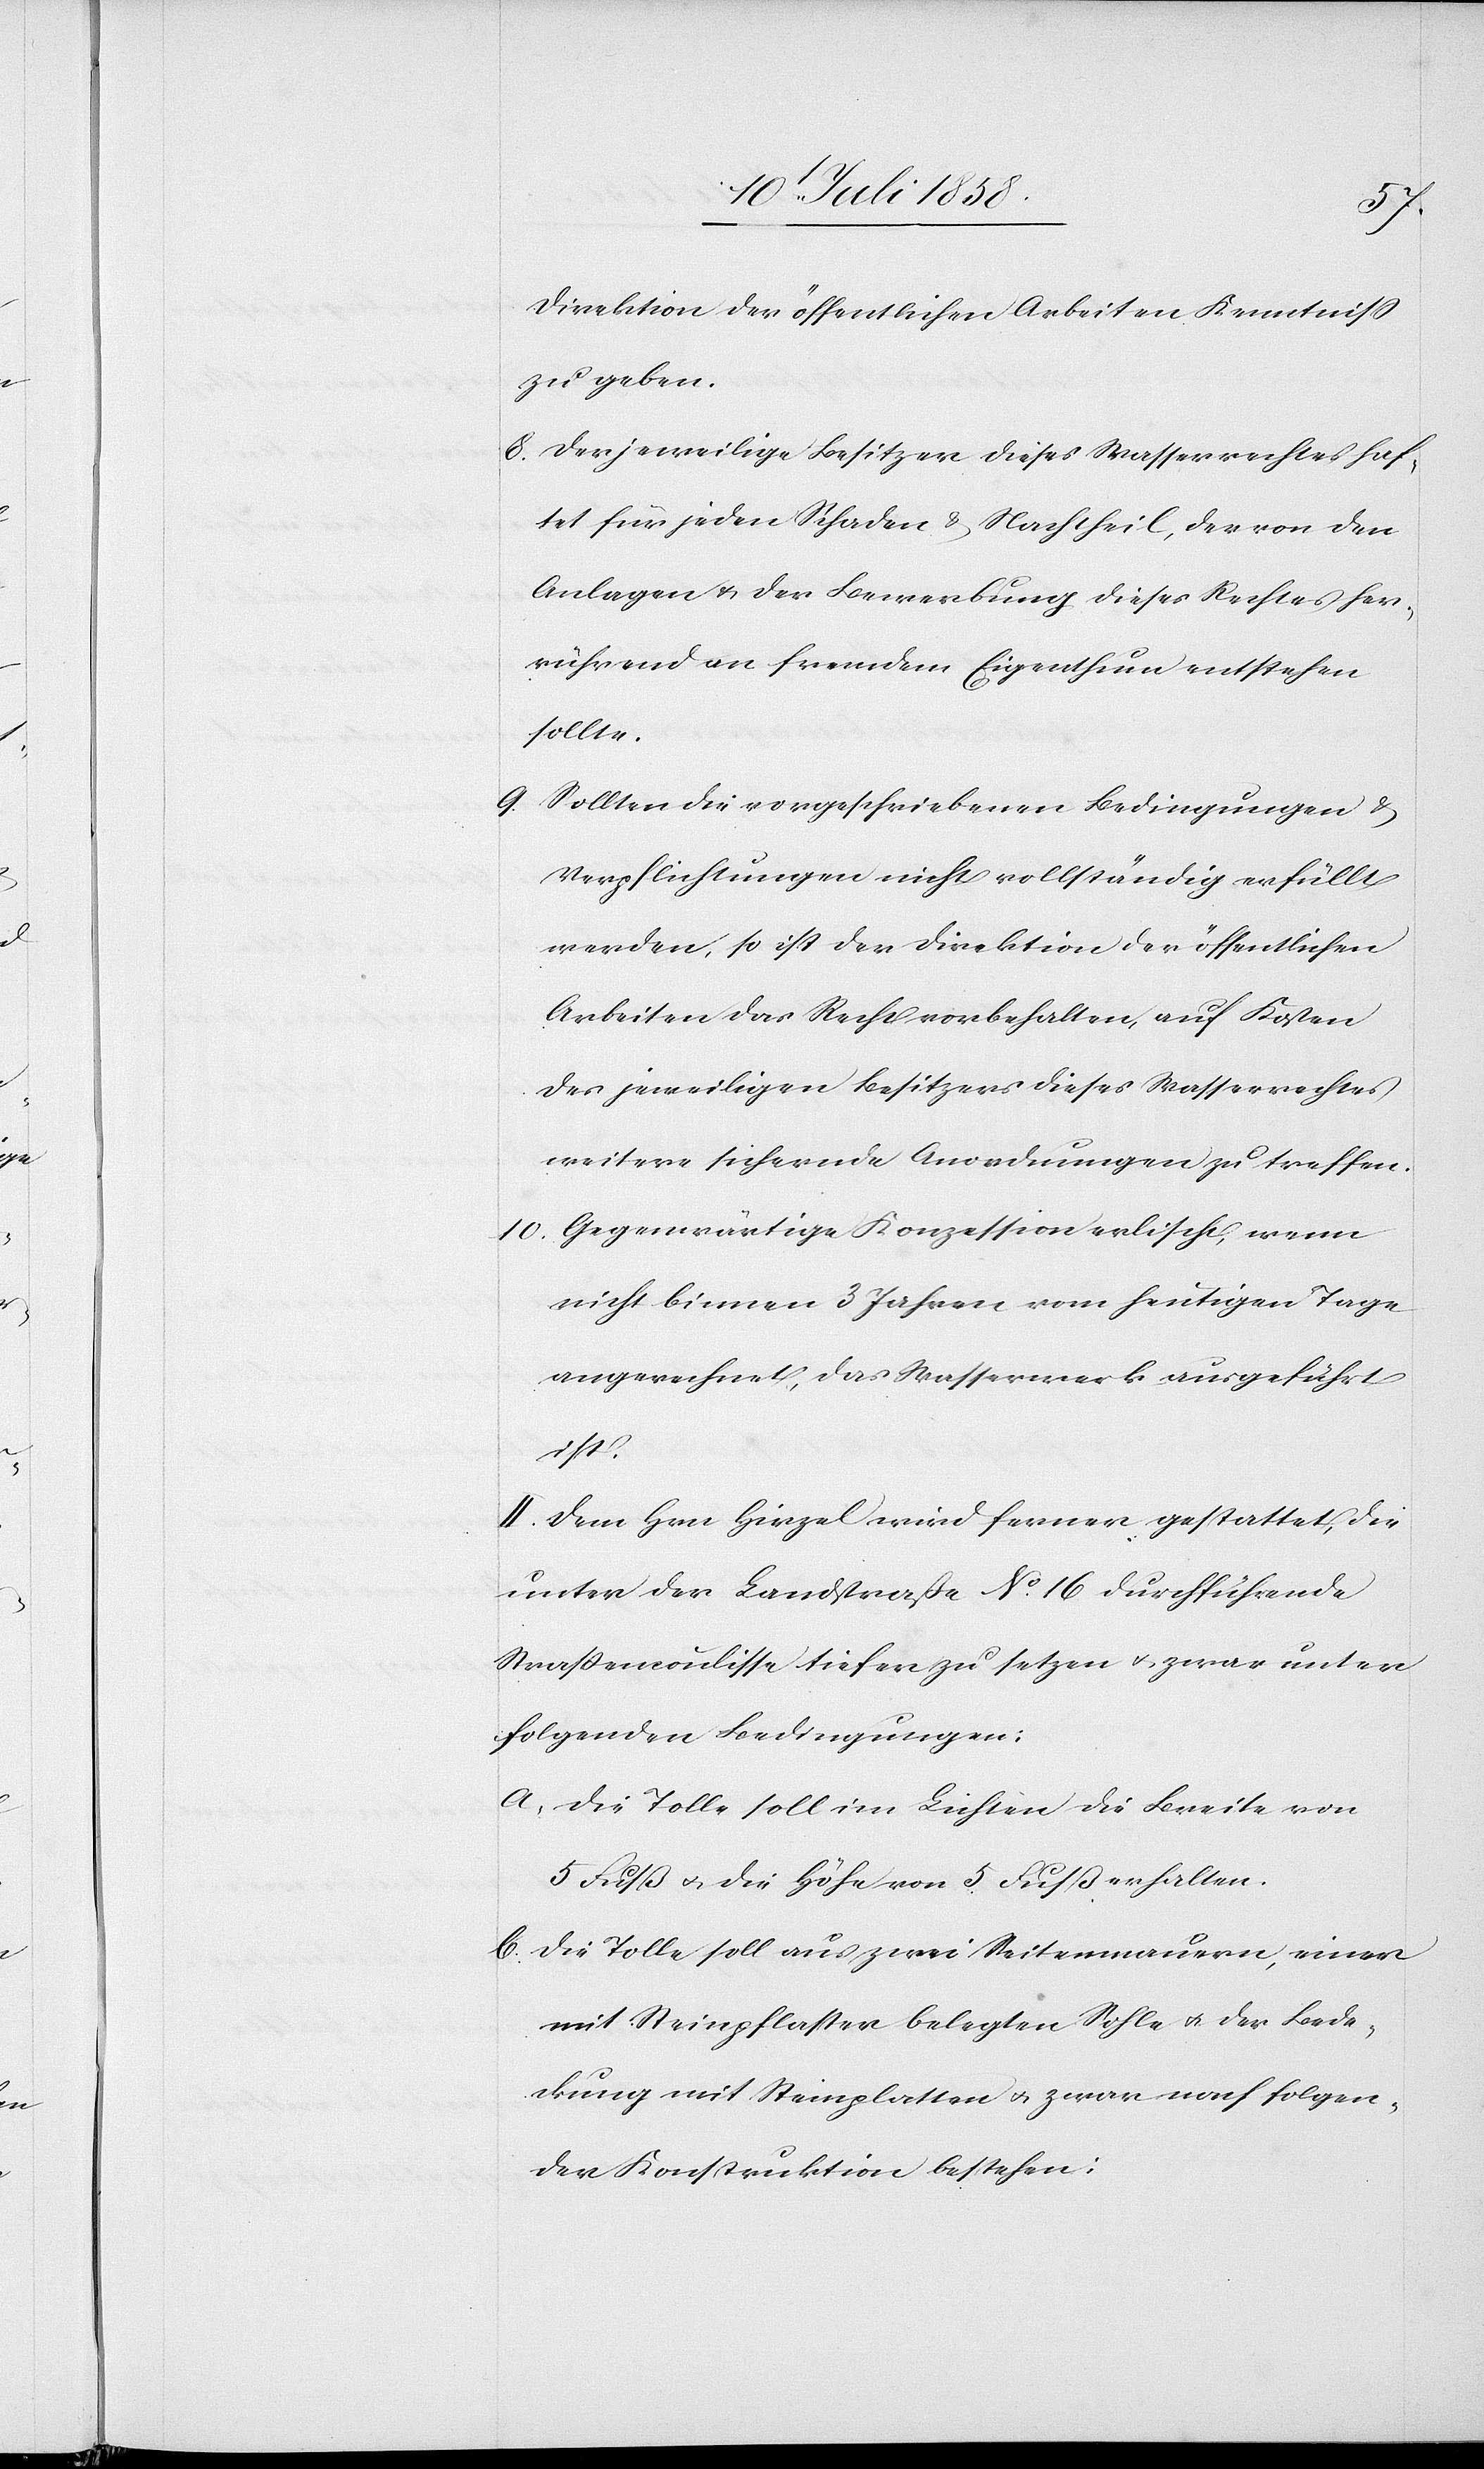
Direktion der öffentlichen Arbeiten Kenntniss
zu geben.
Der jeweilige Besitzer dieses Wasserrechtes haf¬
tet für jeden Schaden & Nachtheil, der von den
Anlagen & der Bewerbung dieses Rechtes her¬
rührend an fremdem Eigenthum entstehen
sollte.
Sollten die vorgeschriebenen Bedingungen &
Verpflichtungen nicht vollständig erfüllt
werden, so ist der Direktion der öffentlichen
Arbeiten das Recht vorbehalten, auf Kosten
des jeweiligen Besitzers dieses Wasserrechtes
weitere sichernde Anordnungen zu treffen.
Gegenwärtige Konzession erlischt, wenn
nicht binnen 3 Jahren vom heutigen Tage
angerechnet, das Wasserwerk ausgeführt
ist.
II. Dem Hrn Hirzel wird ferner gestattet, die
unter der Landstraße No. 16 durchführende
Straßencoulisse tiefer zu setzen & zwar unter
folgenden Bedingungen:
Die Tolle soll im Lichten die Breite von
5 Fuss & die Höhe von 5 Fuss erhalten.
Die Tolle soll aus zwei Seitenmauern, einer
mit Steinpflaster belegten Sohle & der Bede¬
ckung mit Steinplatten & zwar nach folgen¬
der Konstruktion bestehen: